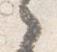
之